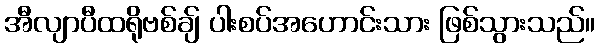
အီလျာပီထရိုဗစ်ချ် ပါးစပ်အဟောင်းသား ဖြစ်သွားသည်။